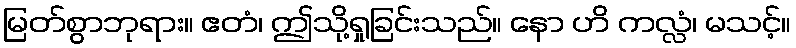
မြတ်စွာဘုရား။ ဧတံ၊ ဤသို့ရှုခြင်းသည်။ နော ဟိ ကလ္လံ၊ မသင့်။